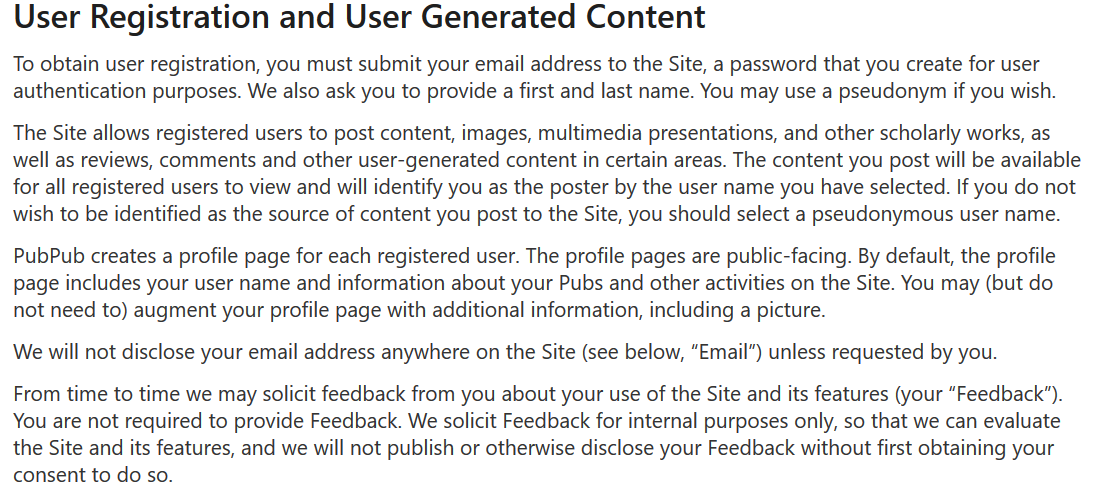
User   Registration    and    User   Generated    Content
  To obtain user registration, you must submit your email address to the Site, a password that you create for user
  authentication purposes. We also ask you to provide a first and last name. You may use a pseudonym if you wish.
  The Site allows registered users to post content, images, multimedia presentations, and other scholarly works, as
  well as reviews, comments and other user-generated content in certain areas. The content you post will be available
  for all registered users to view and will identify you as the poster by the user name you have selected. If you do not
  wish to be identified as the source of content you post to the Site, you should select a pseudonymous user name.
  PubPub creates a profile page for each registered user. The profile pages are public-facing. By default, the profile
  page includes your user name and information about your Pubs and other activities on the Site. You may (but do
  not need to) augment your profile page with additional information, including a picture.
  We will not disclose your email address anywhere on the Site (see below, “Email") unless requested by you.
  From time to time we may solicit feedback from you about your use of the Site and its features (your “Feedback").
  You are not required to provide Feedback. We solicit Feedback for internal purposes only, so that we can evaluate
  the Site and its features, and we will not publish or otherwise disclose your Feedback without first obtaining your
  consent to do so.